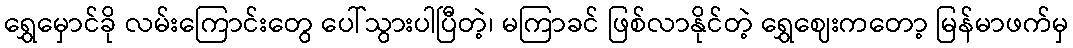
ရွှေမှောင်ခို လမ်းကြောင်းတွေ ပေါ်သွားပါပြီတဲ့၊ မကြာခင် ဖြစ်လာနိုင်တဲ့ ရွှေဈေးကတော့ မြန်မာဖက်မှ